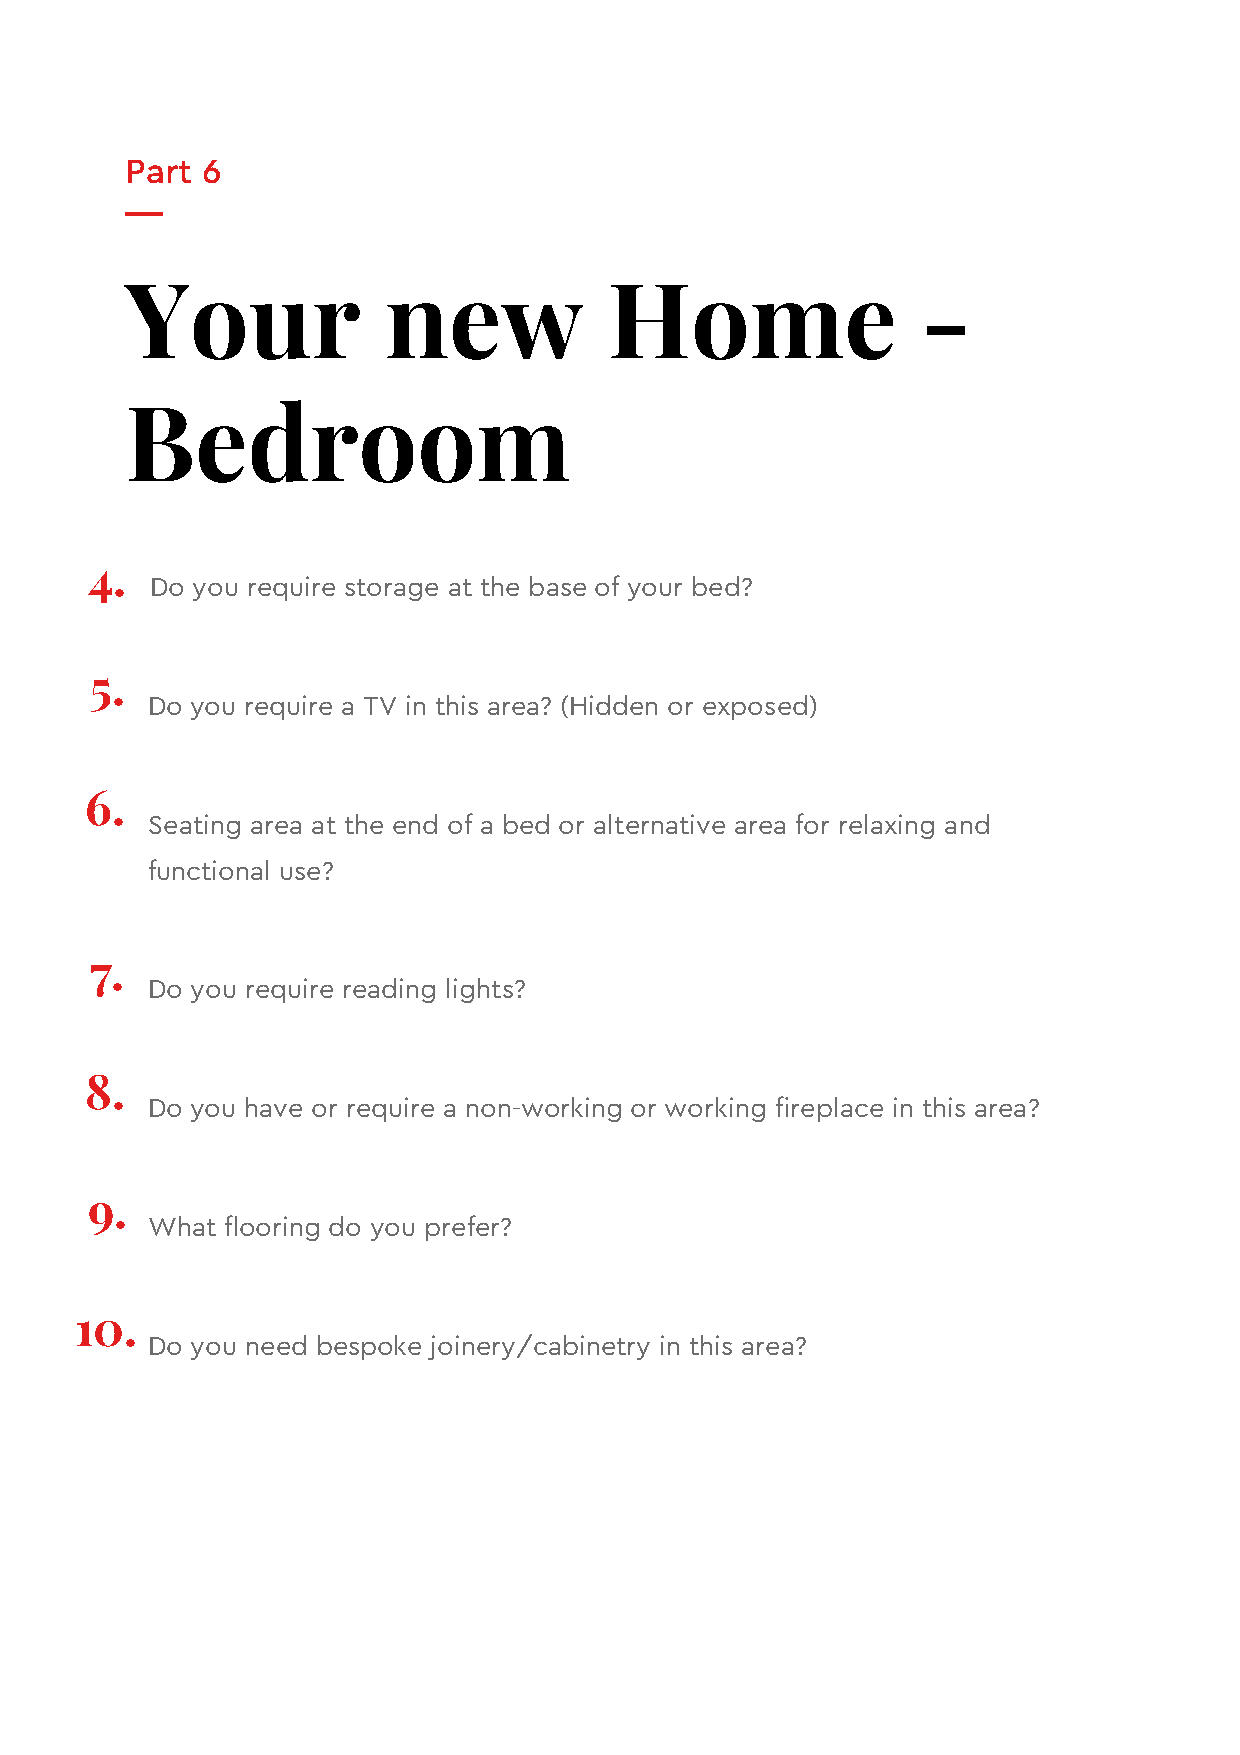
Part 6
 Your             new            Home                 -
 Bedroom
 4.
 Do you require storage at the base of your bed?
 5.
 Do you require a TV in this area? (Hidden or exposed)
 6.
 Seating area at the end of a bed or alternative area for relaxing and
 functional use?
 7.
 Do you require reading lights?
 8.
 Do you have or require a non-working or working fireplace in this area?
 9.
 What flooring do you prefer?
 10.
 Do you need bespoke joinery/cabinetry in this area?